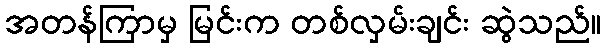
အတန်ကြာမှ မြင်းက တစ်လှမ်းချင်း ဆွဲသည်။